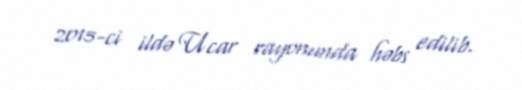
2015-ci ildə Ucar rayonunda həbs edilib.